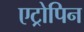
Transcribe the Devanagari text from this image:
एट्रोपिन